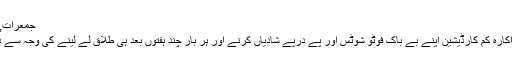
جمعرات, 30 مارچ 2017 16:11
نیویارک: امریکی ماڈل و اداکارہ کم کارڈیشین اپنے بے باک فوٹو شوٹس اور پے درپے شادیاں کرنے اور ہر بار چند ہفتوں بعد ہی طلاق لے لینے کی وجہ سے دنیا بھر میں جانی جاتی ہیں۔